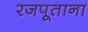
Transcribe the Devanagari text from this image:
रजपूताना